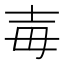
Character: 毐